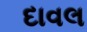
દાવલ